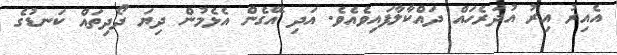
އެއިރު އިރު އުދަރެހައް ދައްކާލާފައިވެއެވެ. އަދި އޭގެން އެޅެމުން ދިޔަ ދޯދިތައް ކަނޑުގެ